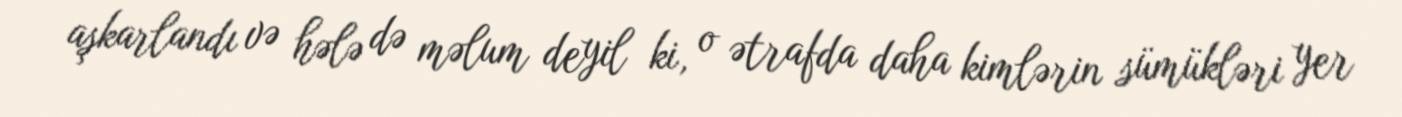
aşkarlandı və hələ də məlum deyil ki, o ətrafda daha kimlərin sümükləri yer